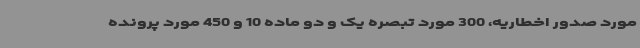
مورد صدور اخطاریه، 300 مورد تبصره یک و دو ماده 10 و 450 مورد پرونده